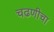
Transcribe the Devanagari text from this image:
चढणीचा